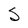
Character: S